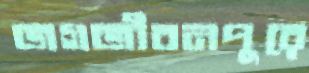
জগজীবনপুরে